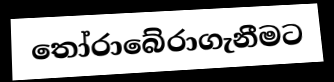
තෝරාබේරාගැනීමට